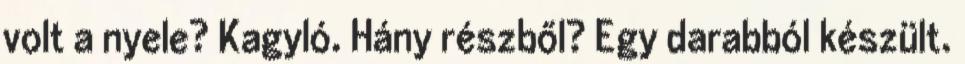
volt a nyele? Kagyló. Hány részből? Egy darabból készült.